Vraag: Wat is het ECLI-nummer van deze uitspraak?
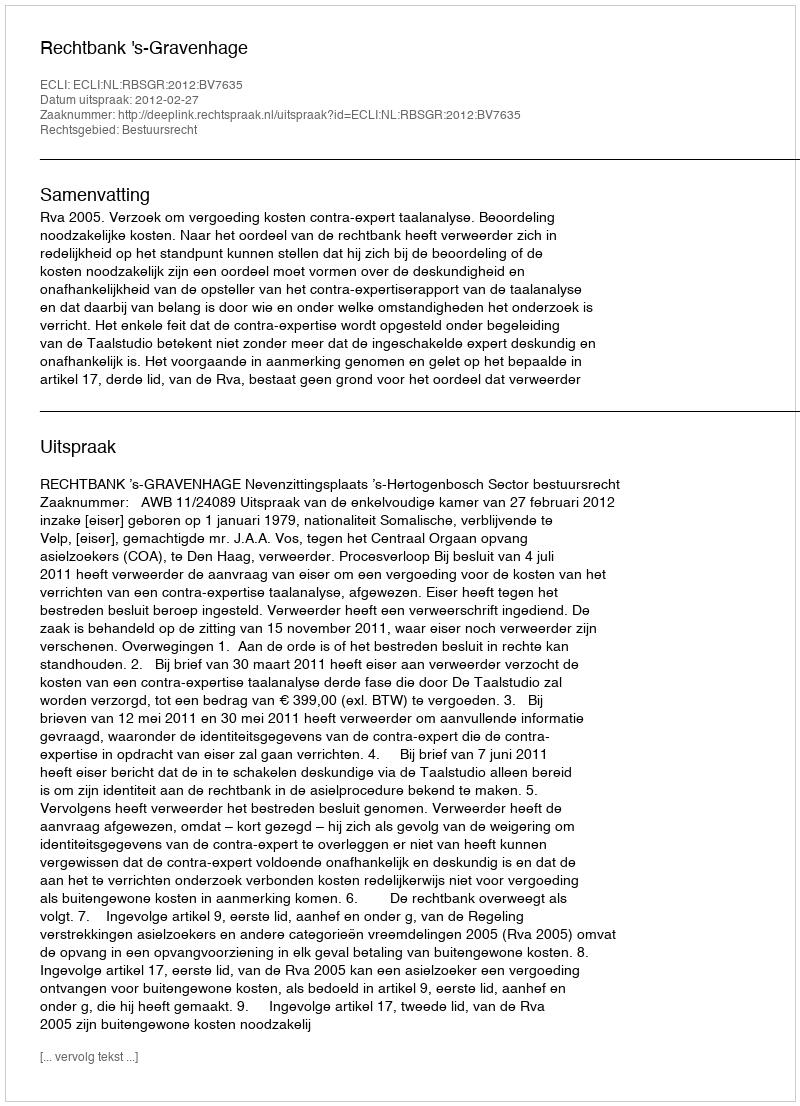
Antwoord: ECLI:NL:RBSGR:2012:BV7635